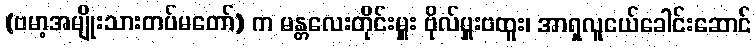
(ဗမာ့အမျိုးသားတပ်မတော်) က မန္တလေးတိုင်းမှူး ဗိုလ်မှူးဗထူး၊ အာရှလူငယ်ခေါင်းဆောင်